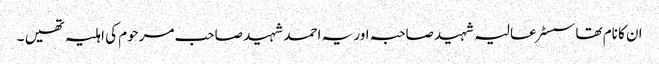
ان کا نام تھا سسٹر عالیہ شہید صاحبہ اور یہ احمد شہید صاحب مرحوم کی اہلیہ تھیں ۔